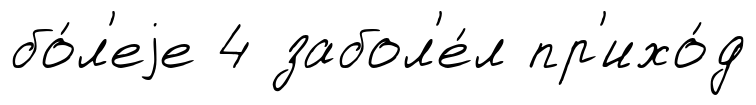
бо́л'еjе 4 забол'е́л пр'ихо́д